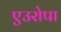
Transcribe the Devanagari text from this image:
एउरोपा